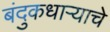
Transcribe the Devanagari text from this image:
बंदुकधाऱ्याचे